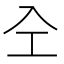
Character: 㒰